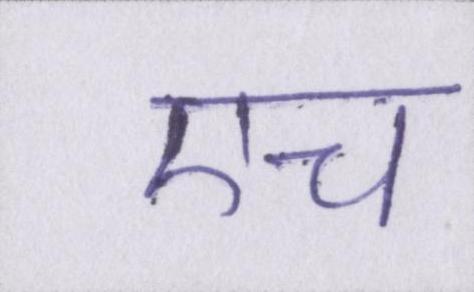
एच